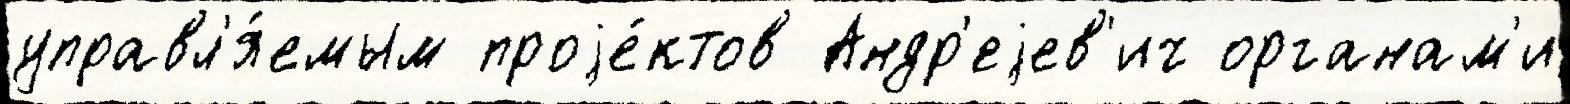
управл'я́емым проjе́ктов Андр'еjев'ич органам'и